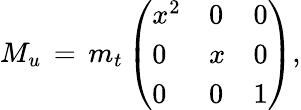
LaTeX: M_{u}\, =\, m_{t}\left(\begin{array}{lll}{{x^{2}}}&{{0}}&{{0}}\\ {{0}}&{{x}}&{{0}}\\ {{0}}&{{0}}&{{1}}\end{array}\right),